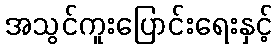
အသွင်ကူးပြောင်းရေးနှင့်